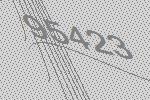
95423